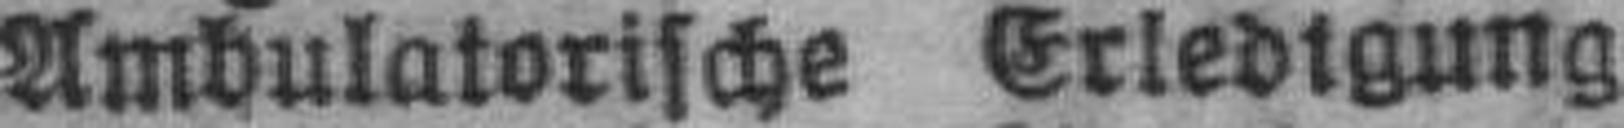
Ambulatorische Erledigung